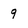
Character: 9